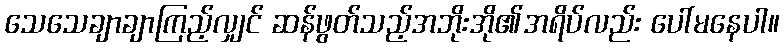
သေသေချာချာကြည့်လျှင် ဆန်ဖွတ်သည့်အဘိုးအို၏အရိပ်လည်း ပေါ်မနေပါ။